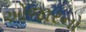
ઓજારનો